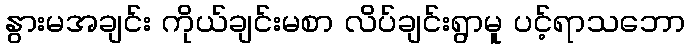
နွားမအချင်း ကိုယ်ချင်းမစာ လိပ်ချင်းရွာမူ ပင့်ရာသဘော